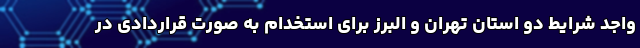
واجد شرایط دو استان تهران و البرز برای استخدام به صورت قراردادی در